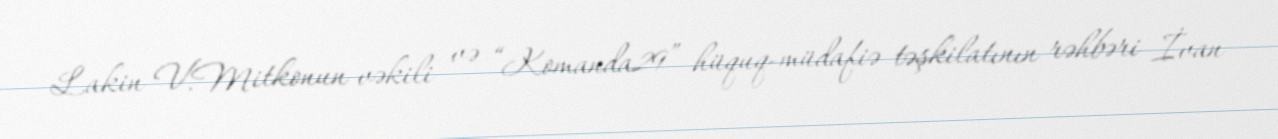
Lakin V.Mitkonun vəkili və “Komanda29” hüquq-müdafiə təşkilatının rəhbəri İvan